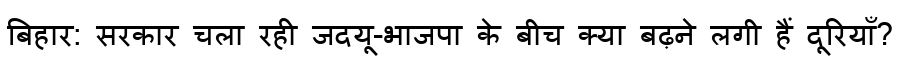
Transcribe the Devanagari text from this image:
बिहार: सरकार चला रही जदयू-भाजपा के बीच क्या बढ़ने लगी हैं दूरियाँ?